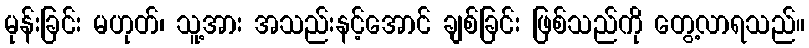
မုန်းခြင်း မဟုတ်၊ သူ့အား အသည်းနင့်အောင် ချစ်ခြင်း ဖြစ်သည်ကို တွေ့လာရသည်။